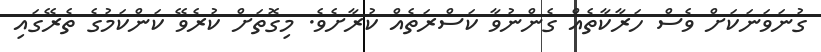
ގުނަވަނަކަށް ވެސް ހަރާކާތެއް ގެންނުވާ ކަސްރަތެއް ކުރާށެވެ. މިގޮތަށް ކުރެވޭ ކަންކަމުގެ ތެރޭގައި